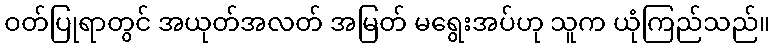
ဝတ်ပြုရာတွင် အယုတ်အလတ် အမြတ် မရွေးအပ်ဟု သူက ယုံကြည်သည်။